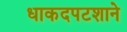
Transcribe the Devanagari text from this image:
धाकदपटशाने